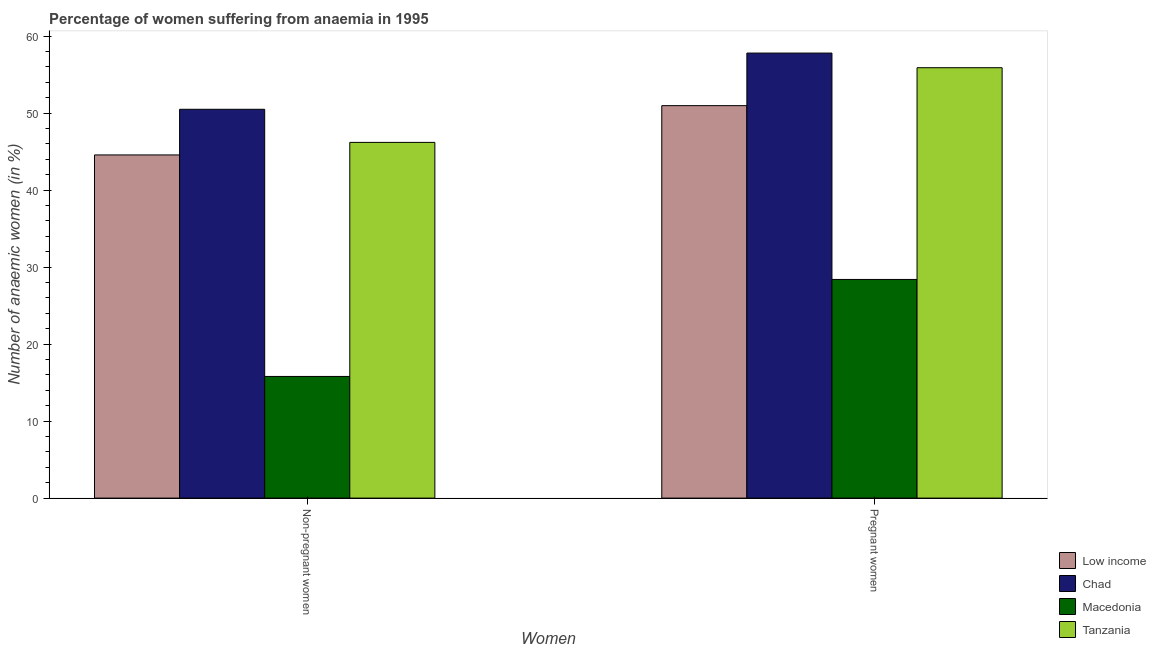
| Women | Low income | Chad | Macedonia | Tanzania |
 | --- | --- | --- | --- | --- |
 | Non-pregnant women | 44.6 | 50.5 | 15.8 | 46.2 |
 | Pregnant women | 51 | 57.8 | 28.4 | 55.9 |